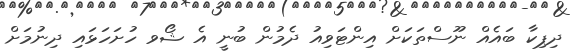
ދިޕިކާ ބައެއް ނޫސްތަކަށް އިންޓަވިއު ދެމުން ބުނީ އެ ޝޯވ ހުށަހަޅައި ދިނުމަށް